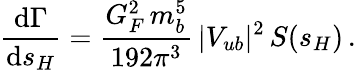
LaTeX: {\frac{\mathrm{d}\Gamma}{\mathrm{d}s_{H}}}={\frac{G_{F}^{2}\, m_{b}^{5}}{192\pi^{3}}}\, |V_{ub}|^{2}\, S(s_{H})\, .